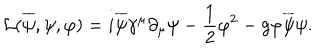
{ \cal L } ( \overline { { { \psi } } } , \psi , \varphi ) = i \overline { { { \psi } } } \gamma ^ { \mu } \partial _ { \mu } \psi - \frac { 1 } { 2 } \varphi ^ { 2 } - g \varphi \overline { { { \psi } } } \psi .